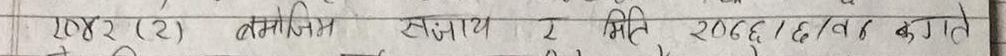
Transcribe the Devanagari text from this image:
२०४२ (२) बमोजिम
सजाय र मिति २०७६/६/वा कगते